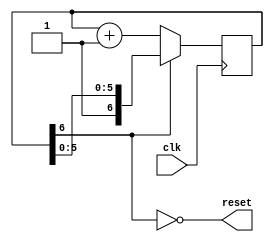
// Reset timer
//
// Provides power-on reset after some delay
module reset_timer(
  input clk,
  output reset
);

localparam RESET_CTR_WIDTH = 7;

reg [RESET_CTR_WIDTH-1:0] reset_ctr = 0;

always @(posedge clk)
begin
  if (reset_ctr[RESET_CTR_WIDTH-1] == 0)
    reset_ctr = reset_ctr + 1;
end

assign reset = ~reset_ctr[RESET_CTR_WIDTH-1];

endmodule